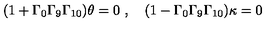
( 1 + \Gamma _ { 0 } \Gamma _ { 9 } \Gamma _ { 1 0 } ) \theta = 0 \ , \quad ( 1 - \Gamma _ { 0 } \Gamma _ { 9 } \Gamma _ { 1 0 } ) \kappa = 0